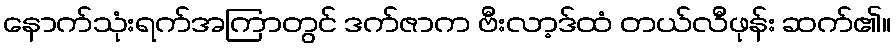
နောက်သုံးရက်အကြာတွင် ဒက်ဇာက ဗီးလာ့ဒ်ထံ တယ်လီဖုန်း ဆက်၏။